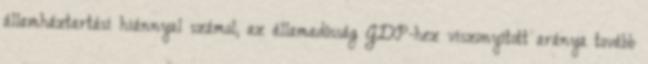
államháztartási hiánnyal számol; az államadósság GDP-hez viszonyított aránya tovább